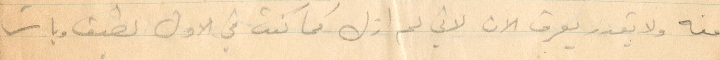
منه ولا يقدر يعرف الان لاني لم ازل كما كنت في الأول لطيف وبات